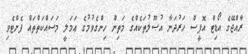
ރާއްޖޭގެ އޯޑިޓް އޮފީސް ހަރުދަނާ އުޞޫލުތަކެއްގެ މަތިން ހިންގެވުމުގެ ޢަމަލީ މަސައްކަތްތައް ފެށްޓެވި